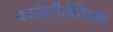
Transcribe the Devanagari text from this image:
कादंबरीलेखिका